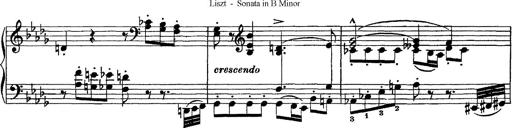
Title: Piano Sonata
Composer: Karl HÃ¤ssler
Key: C major